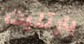
بارتليت